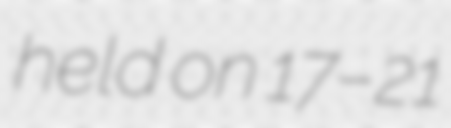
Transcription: held on 17–21